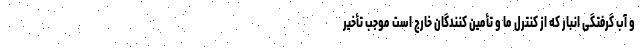
و آب گرفتگی انبار که از کنترل ما و تأمین کنندگان خارج است موجب تأخیر